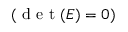
( \mathrm { ~ d ~ e ~ t ~ } ( E ) = 0 )